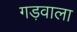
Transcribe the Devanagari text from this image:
गड़वाला